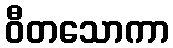
ဝီတသောကာ